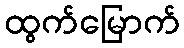
ထွက်မြောက်